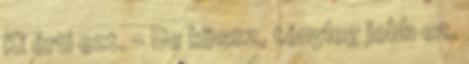
Ki érti ezt. - De kössz, tényleg jobb ez.